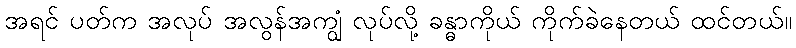
အရင် ပတ်က အလုပ် အလွန်အကျွံ လုပ်လို့ ခန္ဓာကိုယ် ကိုက်ခဲနေတယ် ထင်တယ်။